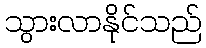
သွားလာနိုင်သည်